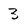
Character: 3